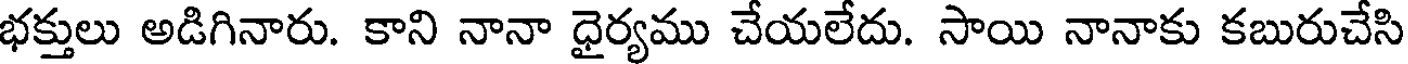
భక్తులు అడిగినారు. కాని నానా ధైర్యము చేయలేదు. సాయి నానాకు కబురుచేసి